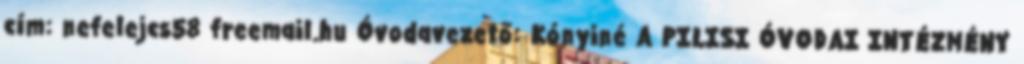
cím: nefelejcs58 freemail.hu Óvodavezető: Kónyiné A PILISI ÓVODAI INTÉZMÉNY